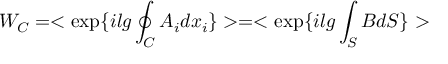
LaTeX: W _ { C } = < \exp \{ i l g \oint _ { C } A _ { i } d x _ { i } \} > = < \exp \{ i l g \int _ { S } B d S \} >